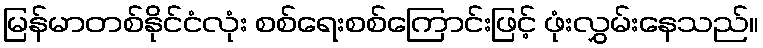
မြန်မာတစ်နိုင်ငံလုံး စစ်ရေးစစ်ကြောင်းဖြင့် ဖုံးလွှမ်းနေသည်။